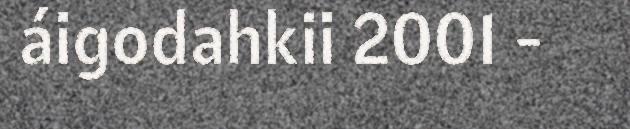
áigodahkii 2001 -